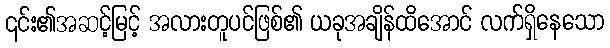
၎င်း၏အဆင့်မြင့် အလားတူပင်ဖြစ်၏ ယခုအချိန်ထိအောင် လက်ရှိနေသော